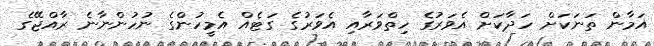
އަމާން ތަނަކަށް ހަދާކަށް އެވަރުގެ ހިތްވަރާއި އެވަރުގެ ގަޓެއް އެމީހުންގެ ނުހުންނާނެ ރާއްޖޭގެ